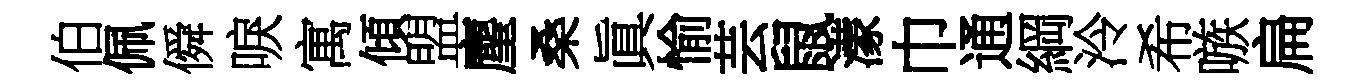
伯佩僢唳寓傾盟麈桑眞愉芸鼠濛巾通綱泠希嗾扁